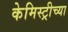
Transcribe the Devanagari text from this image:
केमिस्ट्रीच्या